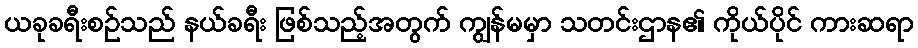
ယခုခရီးစဉ်သည် နယ်ခရီး ဖြစ်သည့်အတွက် ကျွန်မမှာ သတင်းဌာန၏ ကိုယ်ပိုင် ကားဆရာ